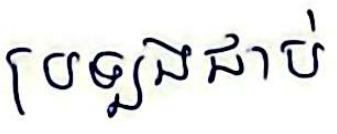
ប្រឡងជាប់